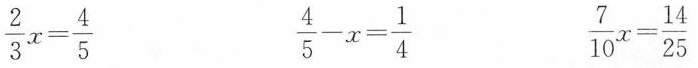
$$\frac{2}{3}x= \frac{4}{5}$$ $$\frac{4}{5}-x= \frac{1}{4}$$ $$\frac{7}{10}x= \frac{14}{25}$$